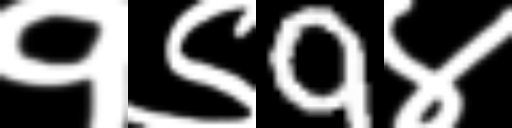
Text: १९9४